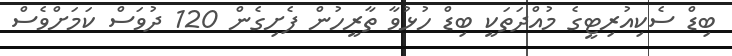
ބިޑް ސެކިއުރިޓީގެ މުއްދަތަކީ ބިޑް ހުޅުވާ ތާރީހުން ފެށިގެން 120 ދުވަސް ކަމަށްވެސް